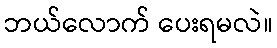
ဘယ်လောက် ပေးရမလဲ။